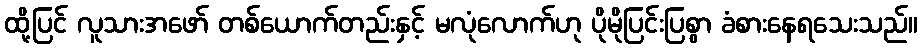
ထို့ပြင် လူသားအဖော် တစ်ယောက်တည်းနှင့် မလုံလောက်ဟု ပိုမိုပြင်းပြစွာ ခံစားနေရသေးသည်။